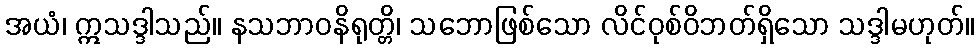
အယံ၊ ဣသဒ္ဒါသည်။ နသဘာဝနိရုတ္တိ၊ သဘောဖြစ်သော လိင်ဝုစ်ဝိဘတ်ရှိသော သဒ္ဒါမဟုတ်။